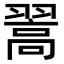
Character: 翯